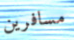
مسافرين